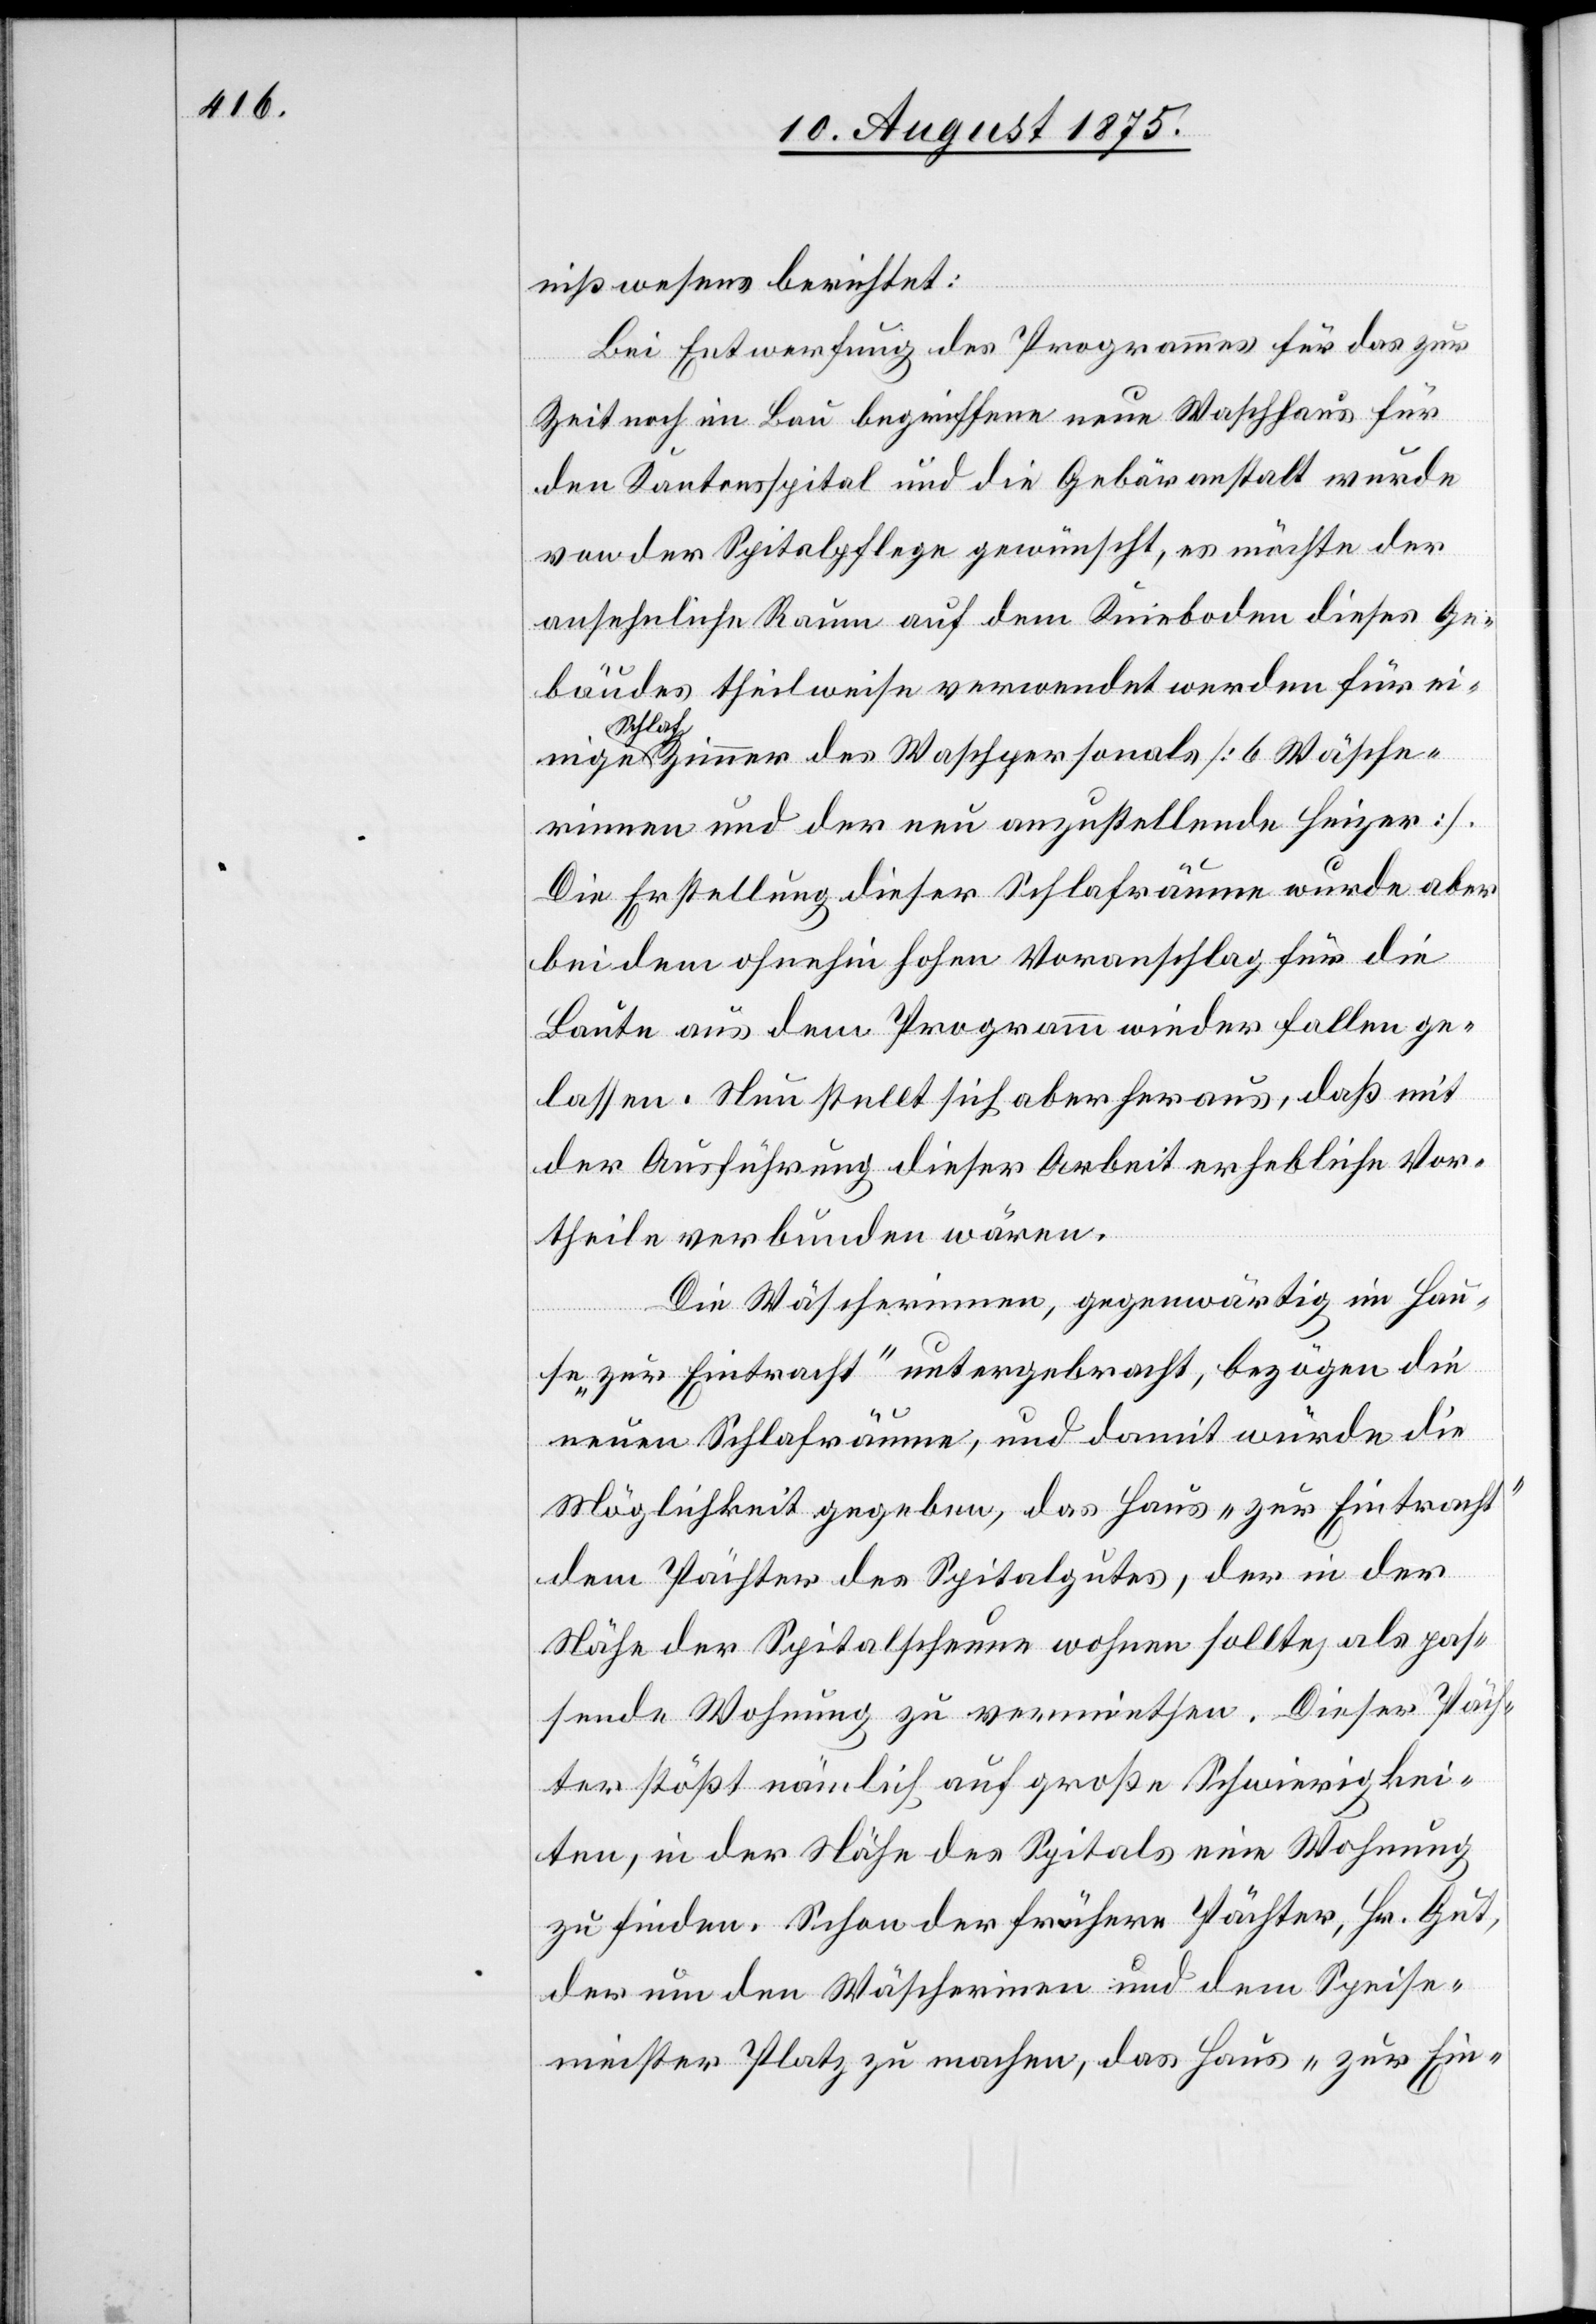
nißwesens berichtet:
Bei Entwerfung des Programmes für das zur
nige
Zeit noch im Bau begriffene neue Waschhaus für
den Kantonsspital und die Gebäranstalt wurde
von der Spitalpflege gewünscht, es möchte der
ansehnliche Raum auf dem Knieboden dieses Ge¬
bäudes theilweise verwendet werden für ei¬
Schlaf¬
zimmer des Waschpersonals [6 Wäsche¬
rinnen und der neu anzustellende Heizer].
Die Erstellung dieser Schlafräume wurde aber
bei dem ohnehin hohen Voranschlag für die
Baute aus dem Programm wieder fallen ge¬
lassen. Neu stellt sich aber heraus, daß mit
der Ausführung dieser Arbeit erhebliche Vor¬
theile verbunden wären.
Die Wäscherinnen, gegenwärtig im Hau¬
se „zur Eintracht“ untergebracht, bezögen die
neuen Schlafräume, und damit würde die
Möglichkeit gegeben, da Haus „zur Eintracht“
dem Pächter des Spitalgutes, der in der
Nähe der Spitalscheune wohnen sollte, als pas¬
sende Wohnung zu vermiethen. Dieser Päch¬
ter stößt nämlich auf große Schwierigkei¬
ten, in der Nähe des Spitals eine Wohnung
zu finden. Schon der frühere Pächter, Hr. Gut,
der um den Wäscherinnen und dem Speise¬
meister Platz zu machen, das Haus „zur Ein-